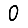
Digit: 0